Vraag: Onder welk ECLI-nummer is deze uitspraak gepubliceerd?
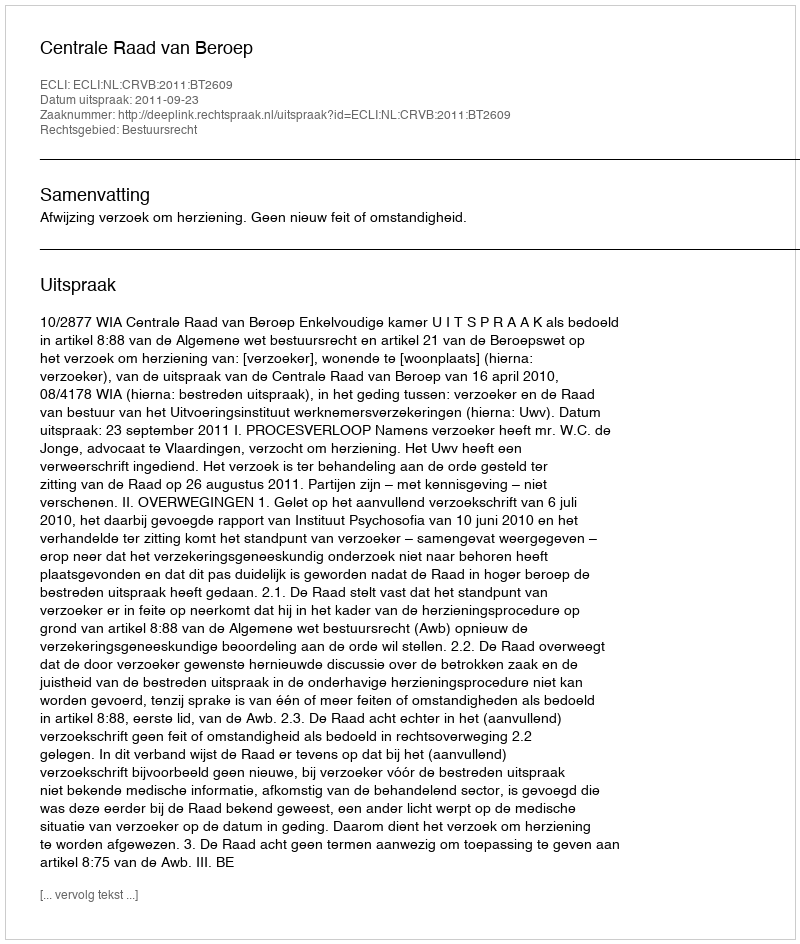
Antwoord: ECLI:NL:CRVB:2011:BT2609